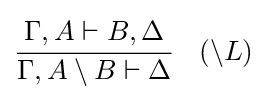
{\cfrac {\Gamma ,A\vdash B,\Delta }{\Gamma ,A\setminus B\vdash \Delta }}\quad ({\setminus }L)